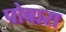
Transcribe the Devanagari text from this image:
पोबारा